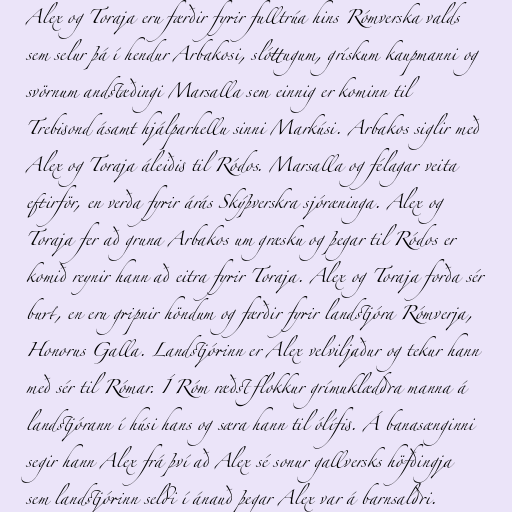
Alex og Toraja eru færðir fyrir fulltrúa hins Rómverska valds
sem selur þá í hendur Arbakosi, slóttugum, grískum kaupmanni og
svörnum andstæðingi Marsalla sem einnig er kominn til
Trebisond ásamt hjálparhellu sinni Markúsi. Arbakos siglir með
Alex og Toraja áleiðis til Ródos. Marsalla og félagar veita
eftirför, en verða fyrir árás Skýþverskra sjóræninga. Alex og
Toraja fer að gruna Arbakos um græsku og þegar til Ródos er
komið reynir hann að eitra fyrir Toraja. Alex og Toraja forða sér
burt, en eru gripnir höndum og færðir fyrir landstjóra Rómverja,
Honorus Galla. Landstjórinn er Alex velviljaður og tekur hann
með sér til Rómar. Í Róm ræðst flokkur grímuklæddra manna á
landstjórann í húsi hans og særa hann til ólífis. Á banasænginni
segir hann Alex frá því að Alex sé sonur gallversks höfðingja
sem landstjórinn seldi í ánauð þegar Alex var á barnsaldri.